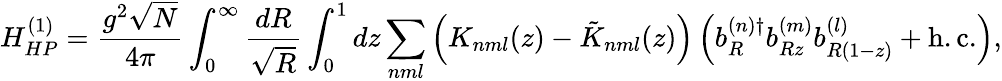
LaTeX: H_{HP}^{(1)}=\frac{g^{2}\sqrt{N}}{4\pi}\int_{0}^{\infty}\frac{dR}{\sqrt{R}}\int_{0}^{1}dz\sum_{nml}\left(K_{nml}(z)-\tilde{K}_{nml}(z)\right)\left(b_{R}^{(n)\dagger}b_{Rz}^{(m)}b_{R(1-z)}^{(l)}+\mathrm{h.c.}\right),